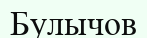
Булычов